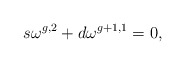
\begin{align*}s\omega^{g,2}+d\omega^{g+1,1}=0,\end{align*}